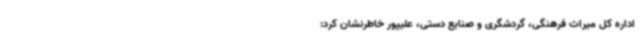
اداره کل میراث فرهنگی، گردشگری و صنایع دستی، علیپور خاطرنشان کرد: